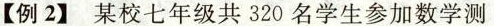
【例2]某校七年级共320名学生参加数学测